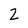
Character: 2